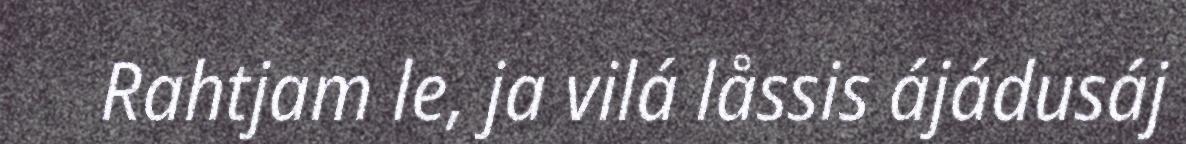
Rahtjam le, ja vilá låssis ájádusáj